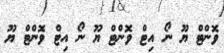
ވޮންޓް ޔޫ ނޯ އިޓް ވޮންޓް ޔޫ ނޯ އިޓް ވޮންޓް ޔޫ